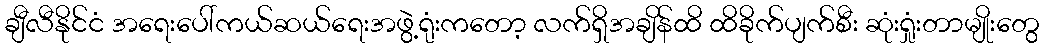
ချီလီနိုင်ငံ အရေးပေါ်ကယ်ဆယ်ရေးအဖွဲ့ရုံးကတော့ လက်ရှိအချိန်ထိ ထိခိုက်ပျက်စီး ဆုံးရှုံးတာမျိုးတွေ